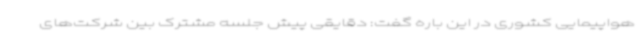
هواپیمایی کشوری در این باره گفت: دقایقی پیش جلسه مشترک بین شرکت‌های